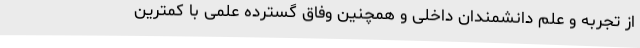
از تجربه و علم دانشمندان داخلی و همچنین وفاق گسترده علمی با کمترین